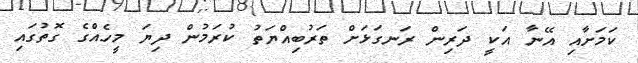
ކަމަށާއި އޭނާ އަކީ ދަރިން ރަނގަޅަށް ތަރުބިއްޔަތު ކުރަމުން ދިޔަ މީހެއްގެ ގޮތުގައި